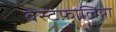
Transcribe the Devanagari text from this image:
बेस्टफ़ालिया